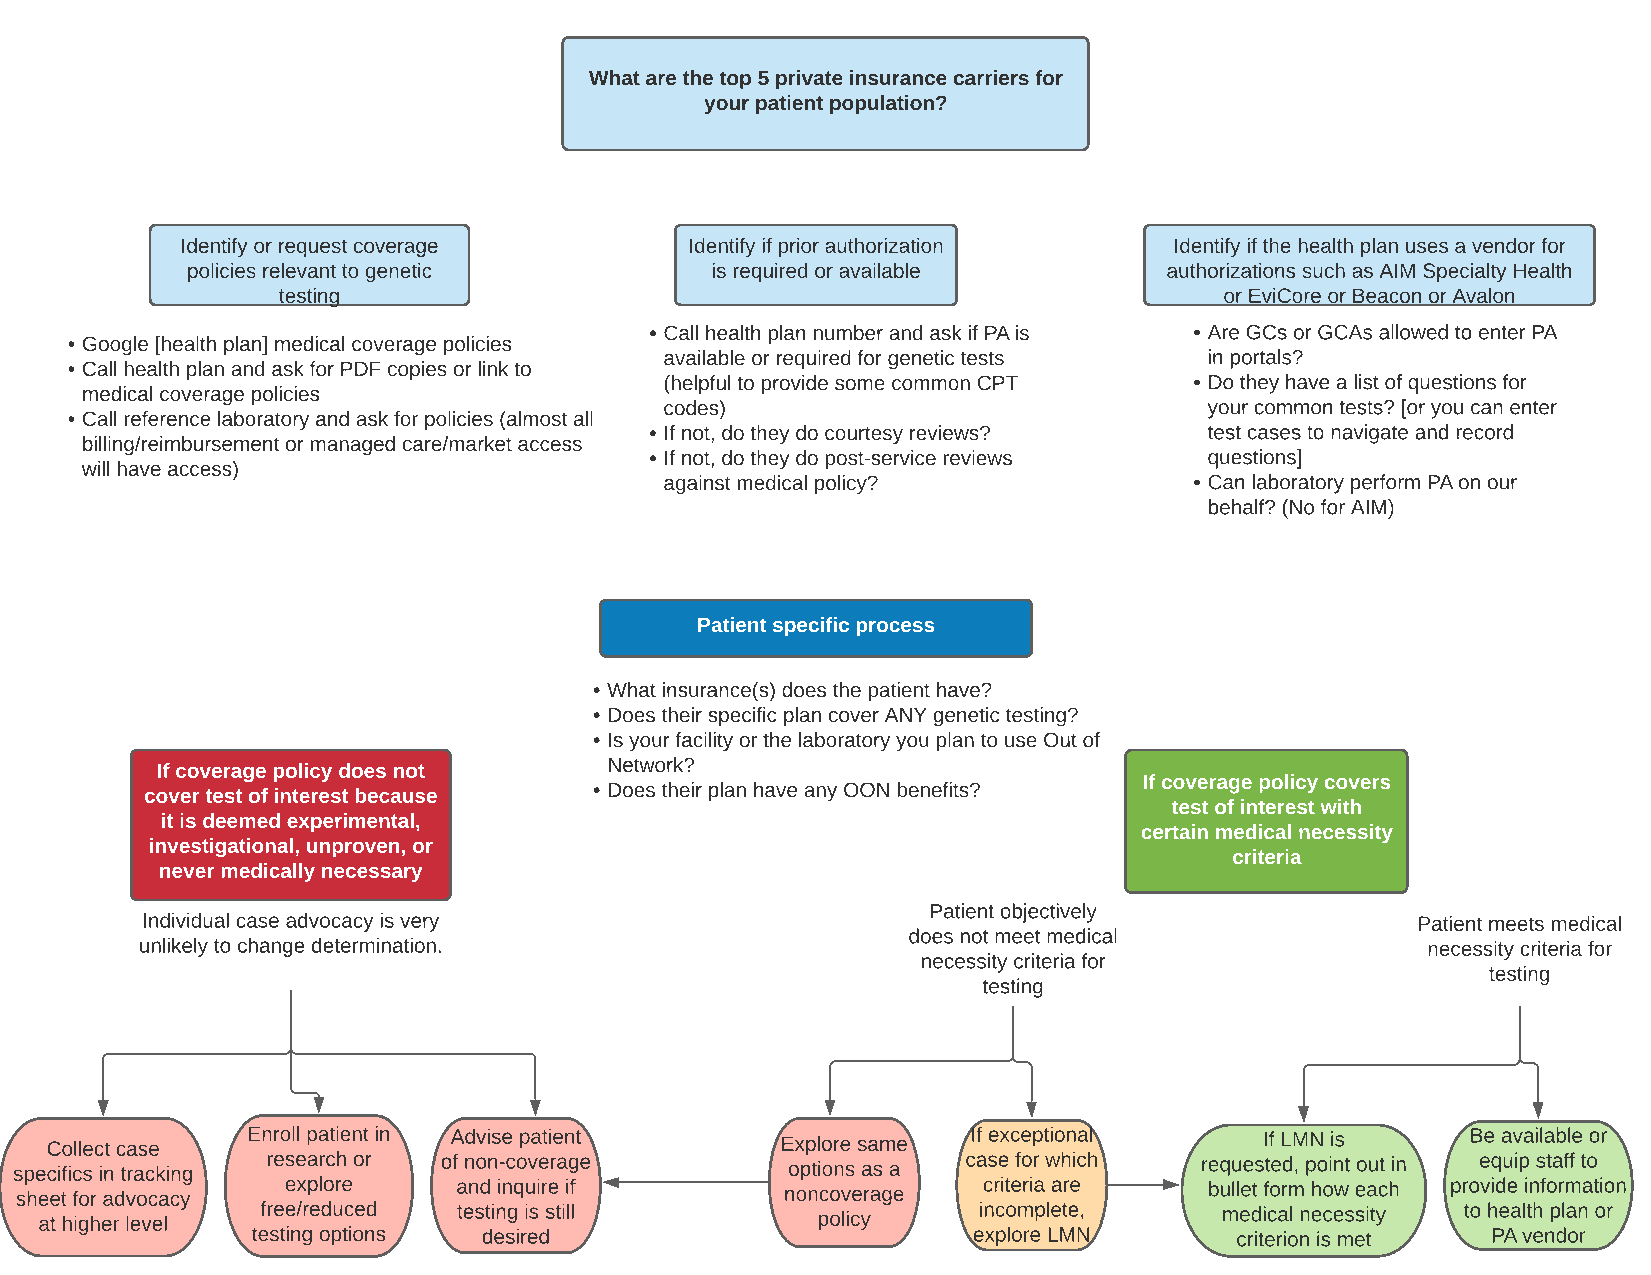
What are the top 5 private insurance carriers for
 your patient population?
 Identify or request coverage      Identify if prior authorization Identify if the health plan uses a vendor for
 policies relevant to genetic       is required or available      authorizations such as AIM Specialty Health
 testing                                                        or EviCore or Beacon or Avalon
 - Call health plan number and ask if PA is - Are GCs or GCAs allowed to enter PA
 - Google [health plan] medical coverage policies
 available or required for genetic tests in portals?
 - Call health plan and ask for PDF copies or link to
 (helpful to provide some common CPT - Do they have a list of questions for
 medical coverage policies
 codes)                              your common tests? [or you can enter
 - Call reference laboratory and ask for policies (almost all
 - If not, do they do courtesy reviews? test cases to navigate and record
 billing/reimbursement or managed care/market access
 - If not, do they do post-service reviews questions]
 will have access)
 against medical policy?            - Can laboratory perform PA on our
 behalf? (No for AIM)
 Patient specific process
 - What insurance(s) does the patient have?
 - Does their specific plan cover ANY genetic testing?
 - Is your facility or the laboratory you plan to use Out of
 If coverage policy does not   Network?
 If coverage policy covers
 cover test of interest because - Does their plan have any OON benefits?
 test of interest with
 it is deemed experimental,
 certain medical necessity
 investigational, unproven, or
 criteria
 never medically necessary
 Patient objectively
 Individual case advocacy is very                                                     Patient meets medical
 does not meet medical
 unlikely to change determination.                                                    necessity criteria for
 necessity criteria for
 testing
 testing
 Collect case Enroll patient in Advise patient    Explore same If exceptional     If LMN is    Be available or
 specifics in tracking research or of non-coverage  options as a case for which requested, point out in equip staff to
 sheet for advocacy explore   and inquire if        noncoverage  criteria are   bullet form how each provide information
 at higher level free/reduced testing is still      policy     incomplete,     medical necessity to health plan or
 testing options desired                        explore LMN       criterion is met PA vendor